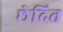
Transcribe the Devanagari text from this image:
छेदित